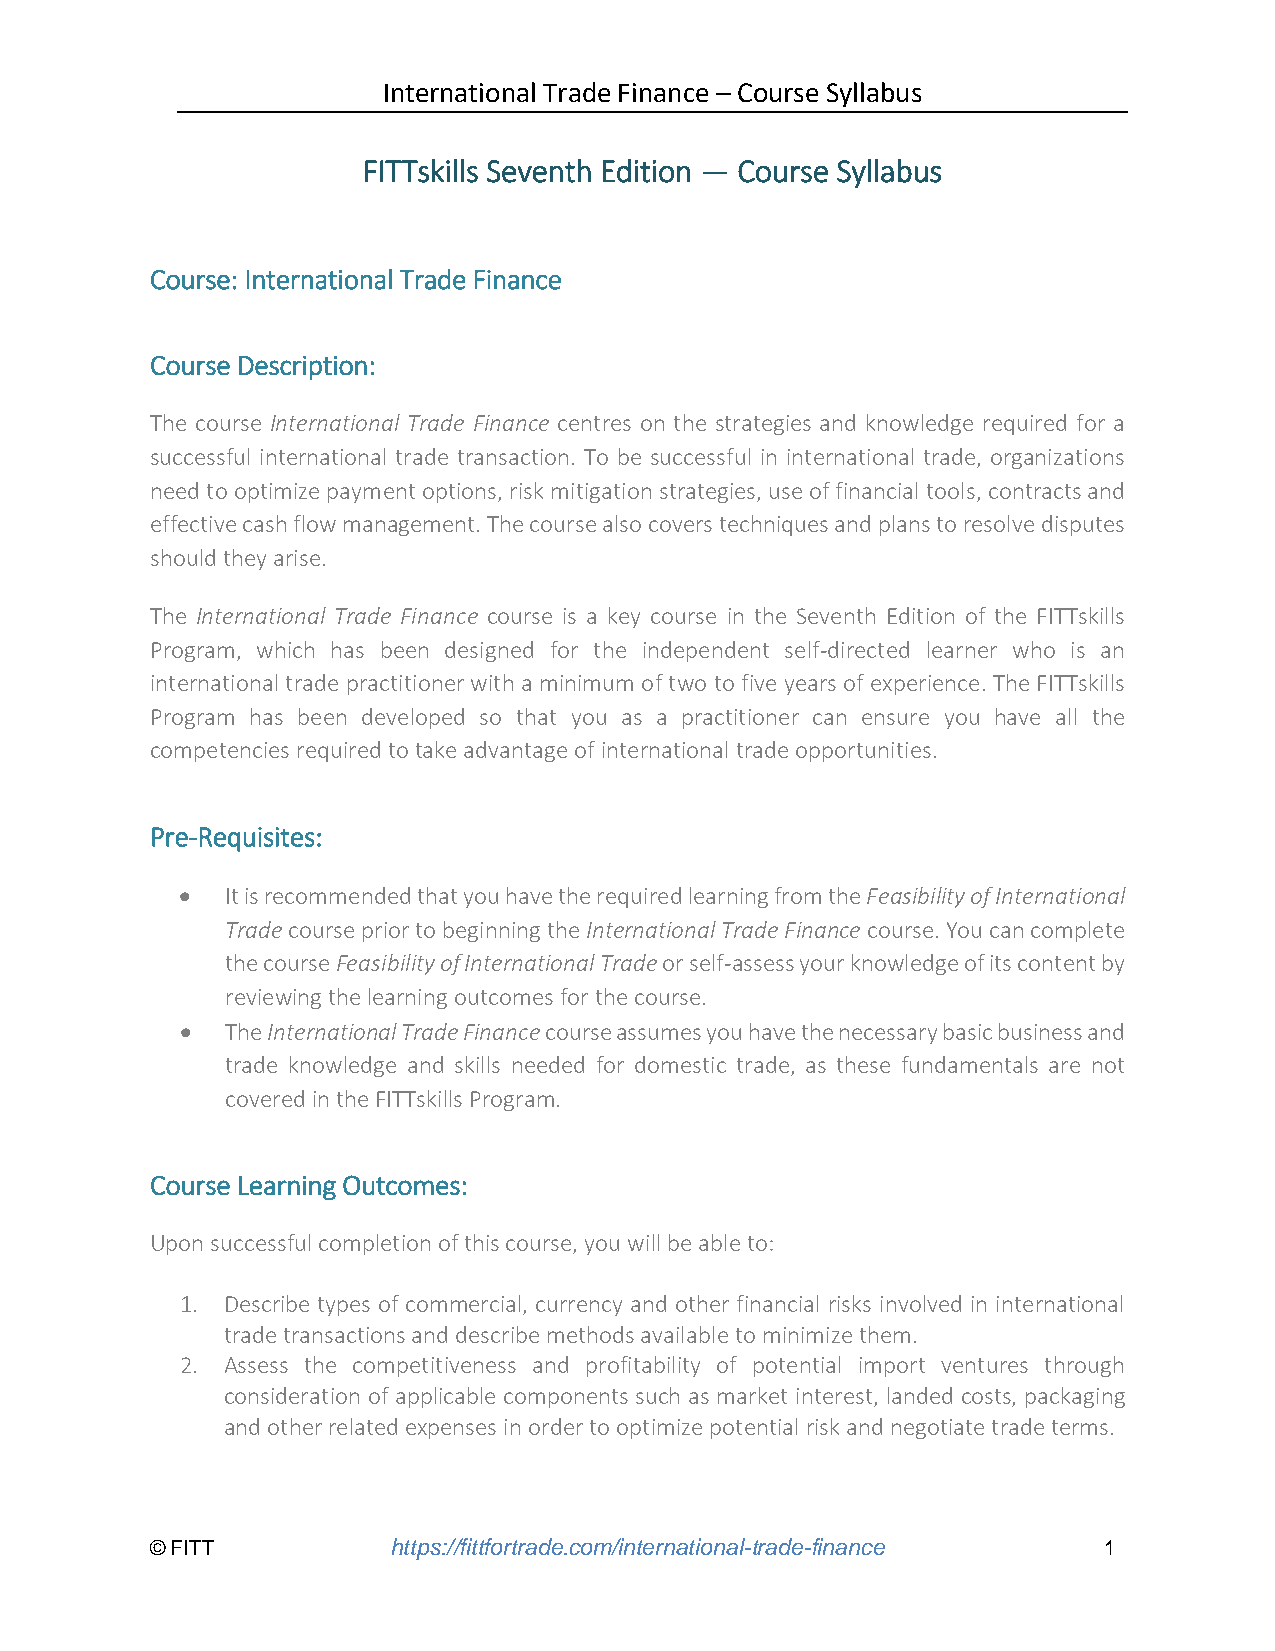
International Trade Finance – Course Syllabus
 FITTskills Seventh Edition — Course Syllabus
 Course: International Trade Finance
 Course Description:
 The course International Trade Finance centres on the strategies and knowledge required for a
 successful international trade transaction. To be successful in international trade, organizations
 need to optimize payment options, risk mitigation strategies, use of financial tools, contracts and
 effective cash flow management. The course also covers techniques and plans to resolve disputes
 should they arise.
 The International Trade Finance course is a key course in the Seventh Edition of the FITTskills
 Program, which has been designed for the independent self-directed learner who is an
 international trade practitioner with a minimum of two to five years of experience. The FITTskills
 Program has been developed so that you as a practitioner can ensure you have all the
 competencies required to take advantage of international trade opportunities.
 Pre-Requisites:
 •  It is recommended that you have the required learning from the Feasibility of International
 Trade course prior to beginning the International Trade Finance course. You can complete
 the course Feasibility of International Trade or self-assess your knowledge of its content by
 reviewing the learning outcomes for the course.
 •  The International Trade Finance course assumes you have the necessary basic business and
 trade knowledge and skills needed for domestic trade, as these fundamentals are not
 covered in the FITTskills Program.
 Course Learning Outcomes:
 Upon successful completion of this course, you will be able to:
 1. Describe types of commercial, currency and other financial risks involved in international
 trade transactions and describe methods available to minimize them.
 2. Assess the competitiveness and profitability of potential import ventures through
 consideration of applicable components such as market interest, landed costs, packaging
 and other related expenses in order to optimize potential risk and negotiate trade terms.
 © FITT          https://fittfortrade.com/international-trade-finance 1